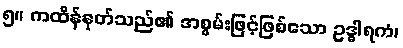
၅။ ကထိန်နုတ်သည်၏ အစွမ်းဖြင့်ဖြစ်သော ဥဒ္ဓါရကံ၊